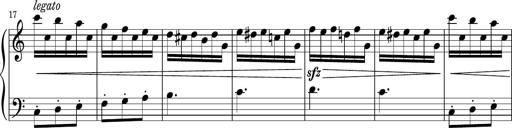
Title: Sonatina PandemÃ³nium
Composer: VÃ­ctor Carbajo
Key: C major